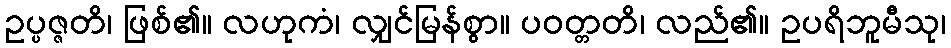
ဥပ္ပဇ္ဇတိ၊ ဖြစ်၏။ လဟုကံ၊ လျှင်မြန်စွာ။ ပဝတ္တတိ၊ လည်၏။ ဥပရိဘူမီသု၊